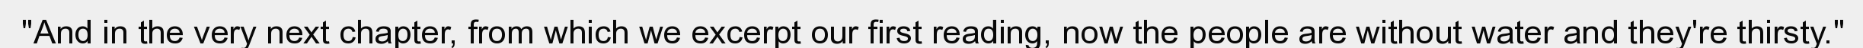
"And in the very next chapter, from which we excerpt our first reading, now the people are without water and they're thirsty."